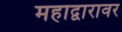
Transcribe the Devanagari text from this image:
महाद्वारावर